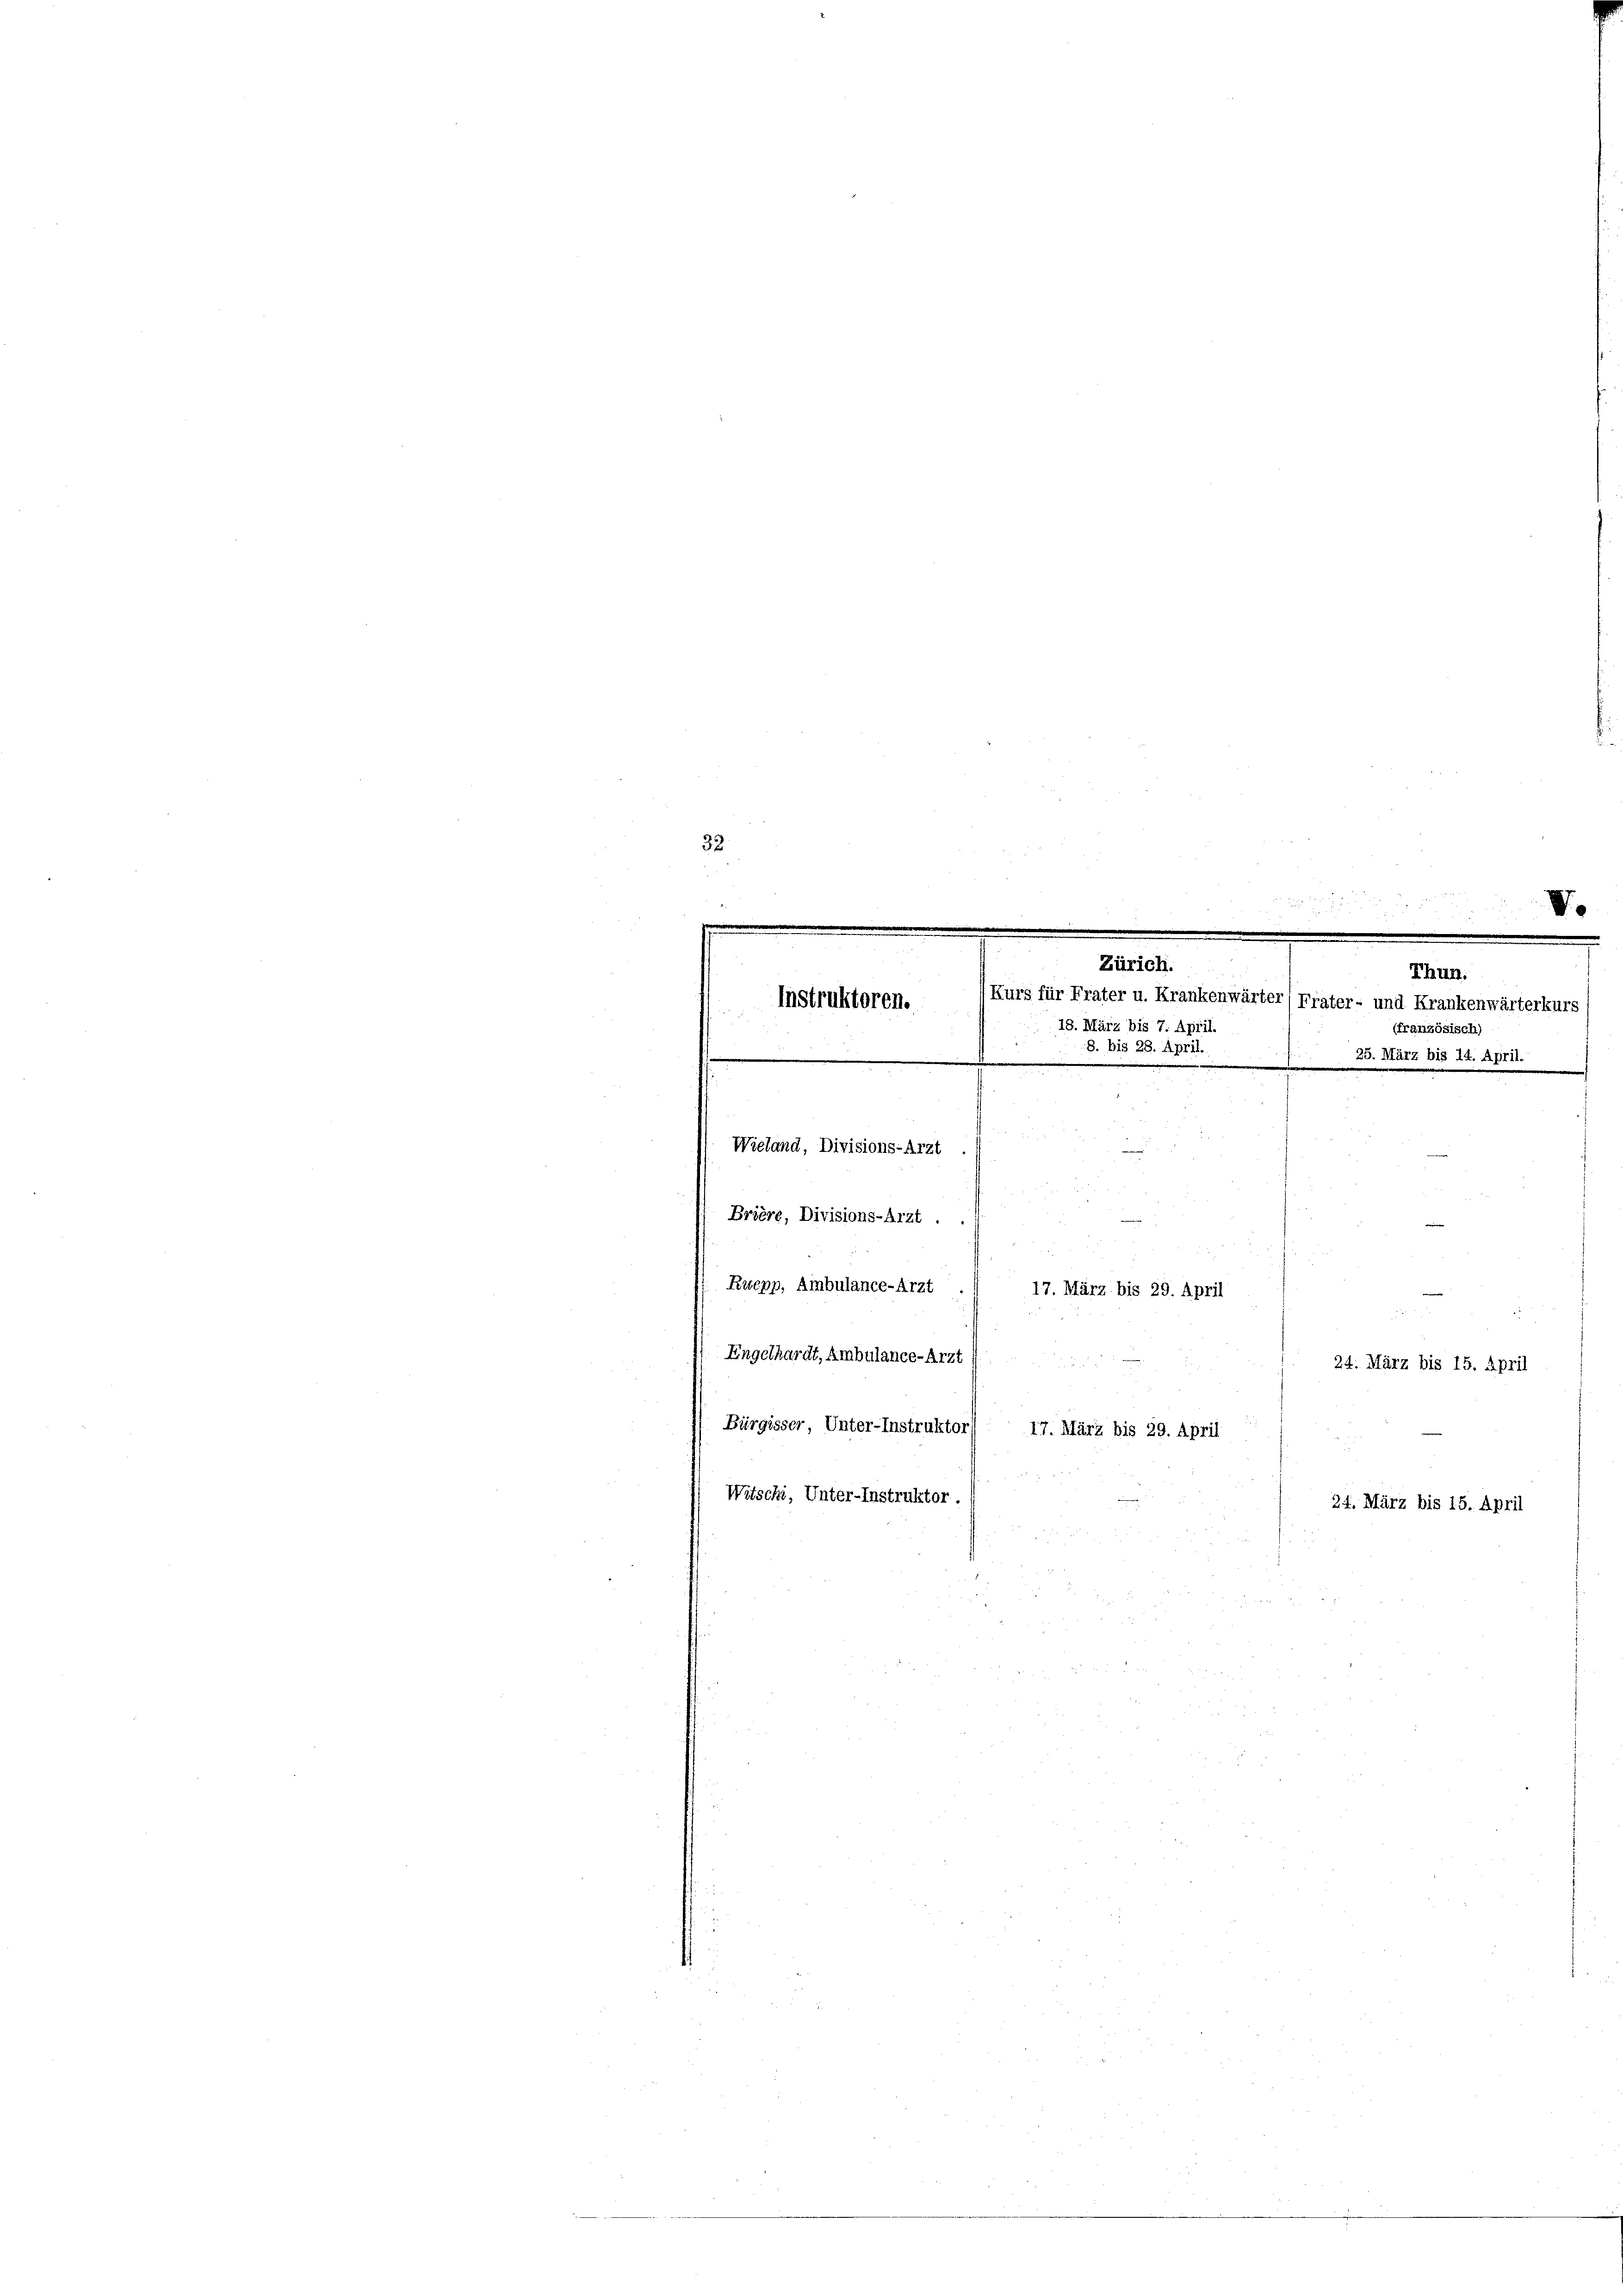
32
u

s
e
.

1
Thun.
.
Kurs für Frater u. Krankenwärter) Frater- und Krankenwärterkurs
Instruktoren.
18. März bis 7. April.
(französisch)
8. bis 28. April.
25. März bis 14. April.

Wieland, Divisions-Arzt
e
Brière, Divisions-Arzt .
Ruepp, Ambulance-Arzt
17. März bis 29. April
Engelhardt, Ambulance-Arzt
24. März bis 15. April
.
Bürgisser, Unter-Instruktor
17. März bis 29. April
Witschi, Unter-Instruktor.
24. März bis 15. April